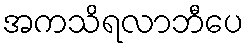
အကသိရလာဘီပေ